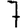
Digit: 7